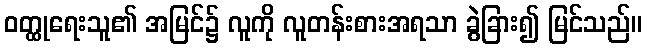
ဝတ္ထုရေးသူ၏ အမြင်၌ လူကို လူတန်းစားအရသာ ခွဲခြား၍ မြင်သည်။